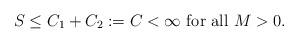
LaTeX: \begin{align*}S\leq C_1+C_2:=C<\infty \mbox{ for all } M>0.\end{align*}